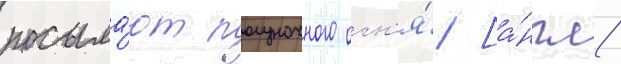
посыла́ют полуночного огн'я́ [а́нгл.